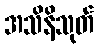
အသိနိသုတ်